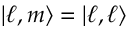
| \ell , m \rangle = | \ell , \ell \rangle